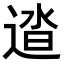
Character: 𨓬